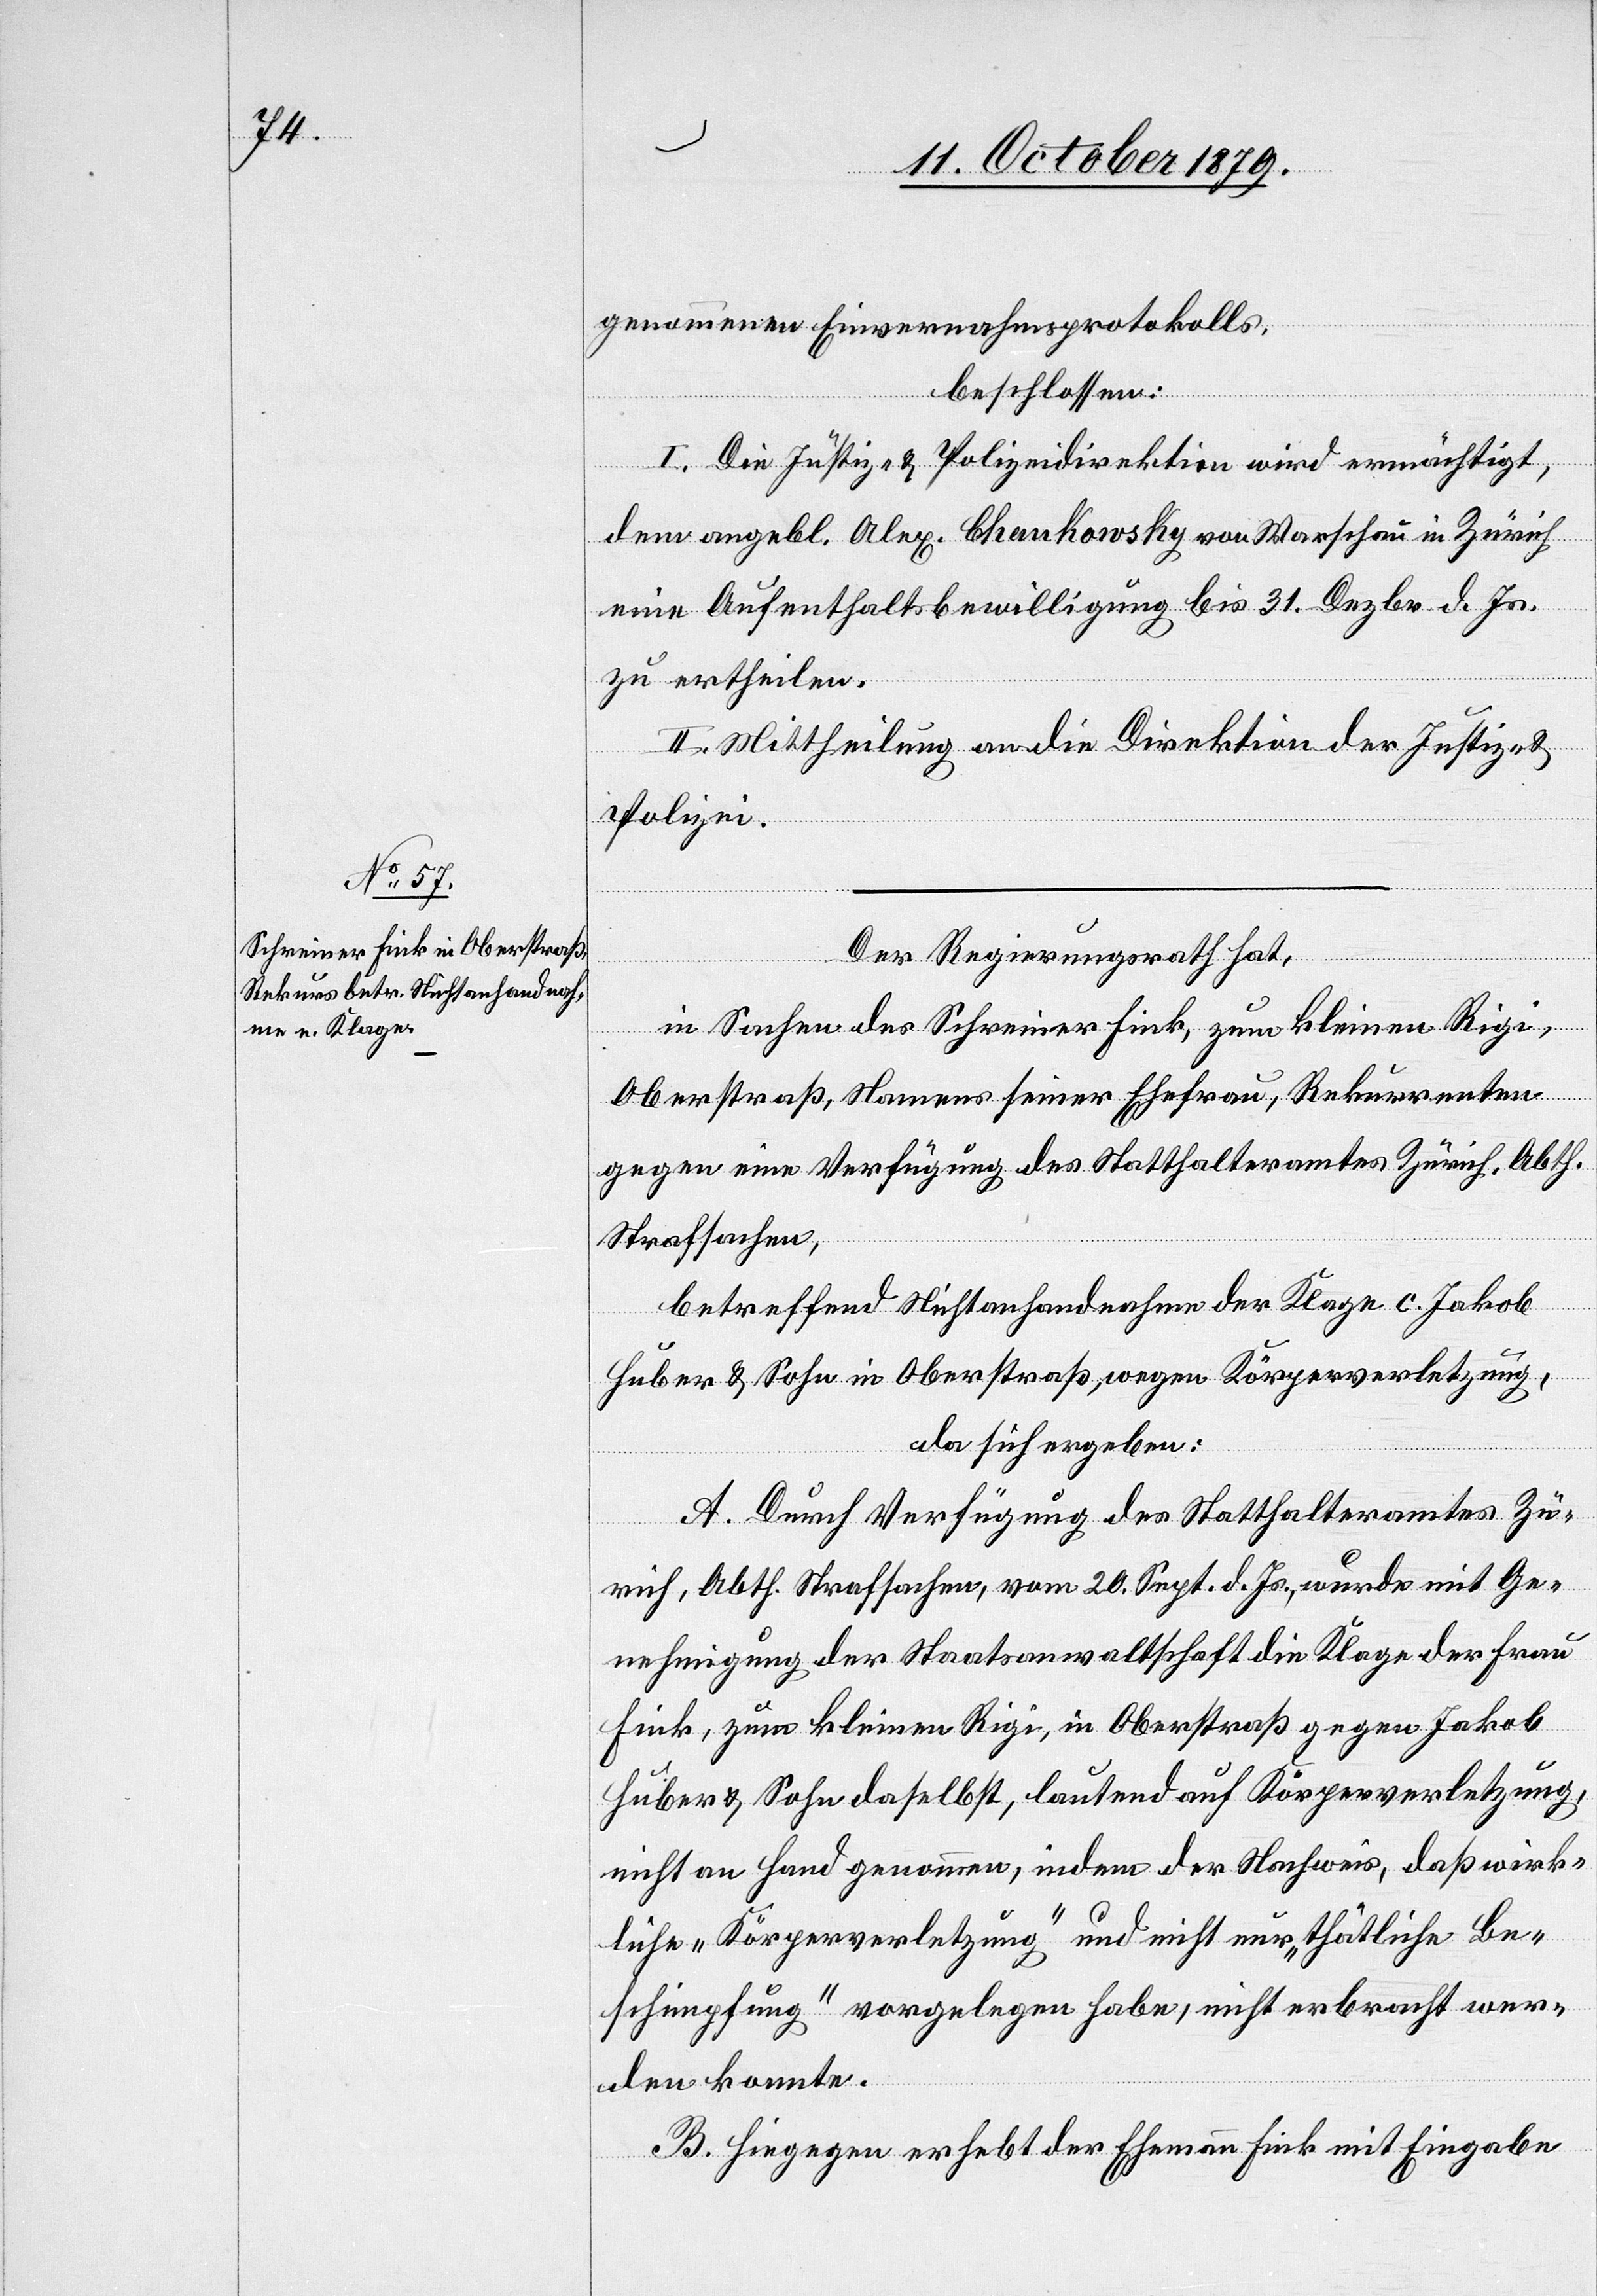
genommenen Einvernahmsprotokolls,
beschlossen:
wer¬
I. Die Justiz- & Polizeidirektion wird ermächtigt,
dem angekl. Alex. Chankowsky von Warschau in Zürich
eine Aufenthaltsbewilligung bis 31. Dezbr. d. Js.
zu ertheilen.
II. Mittheilung an die Direktion der Justiz &
Polizei.
nicht erbracht
Der Regierungsrath hat,
in Sachen des Schreiner Fink, zum kleinen Rigi,
Oberstraß, Namens seiner Ehefrau, Rekurrenten
gegen eine Verfügung des Statthalteramtes Zürich, Abth.
Strafsachen,
betreffend Nichtanhandnahme der Klage c. Jakob
Huber & Sohn in Oberstraß, wegen Körperverletzung,
da sich ergeben:
A. Durch Verfügung des Statthalteramtes Zü¬
rich, Abth. Strafsachen, vom 20. Sept. d. Js. wurde mit Ge¬
nehmigung der Staatsanwaltschaft die Klage der Frau
Fink, zum kleinen Rigi, in Oberstraß gegen Jakob
Huber & Sohn daselbst, lautend auf Körperverletzung,
nicht an Hand genommen, indem der Nachweis, daß wirk¬
den konnte.
B. Hiegegen erhebt der Ehemann Fink mit Eingabe